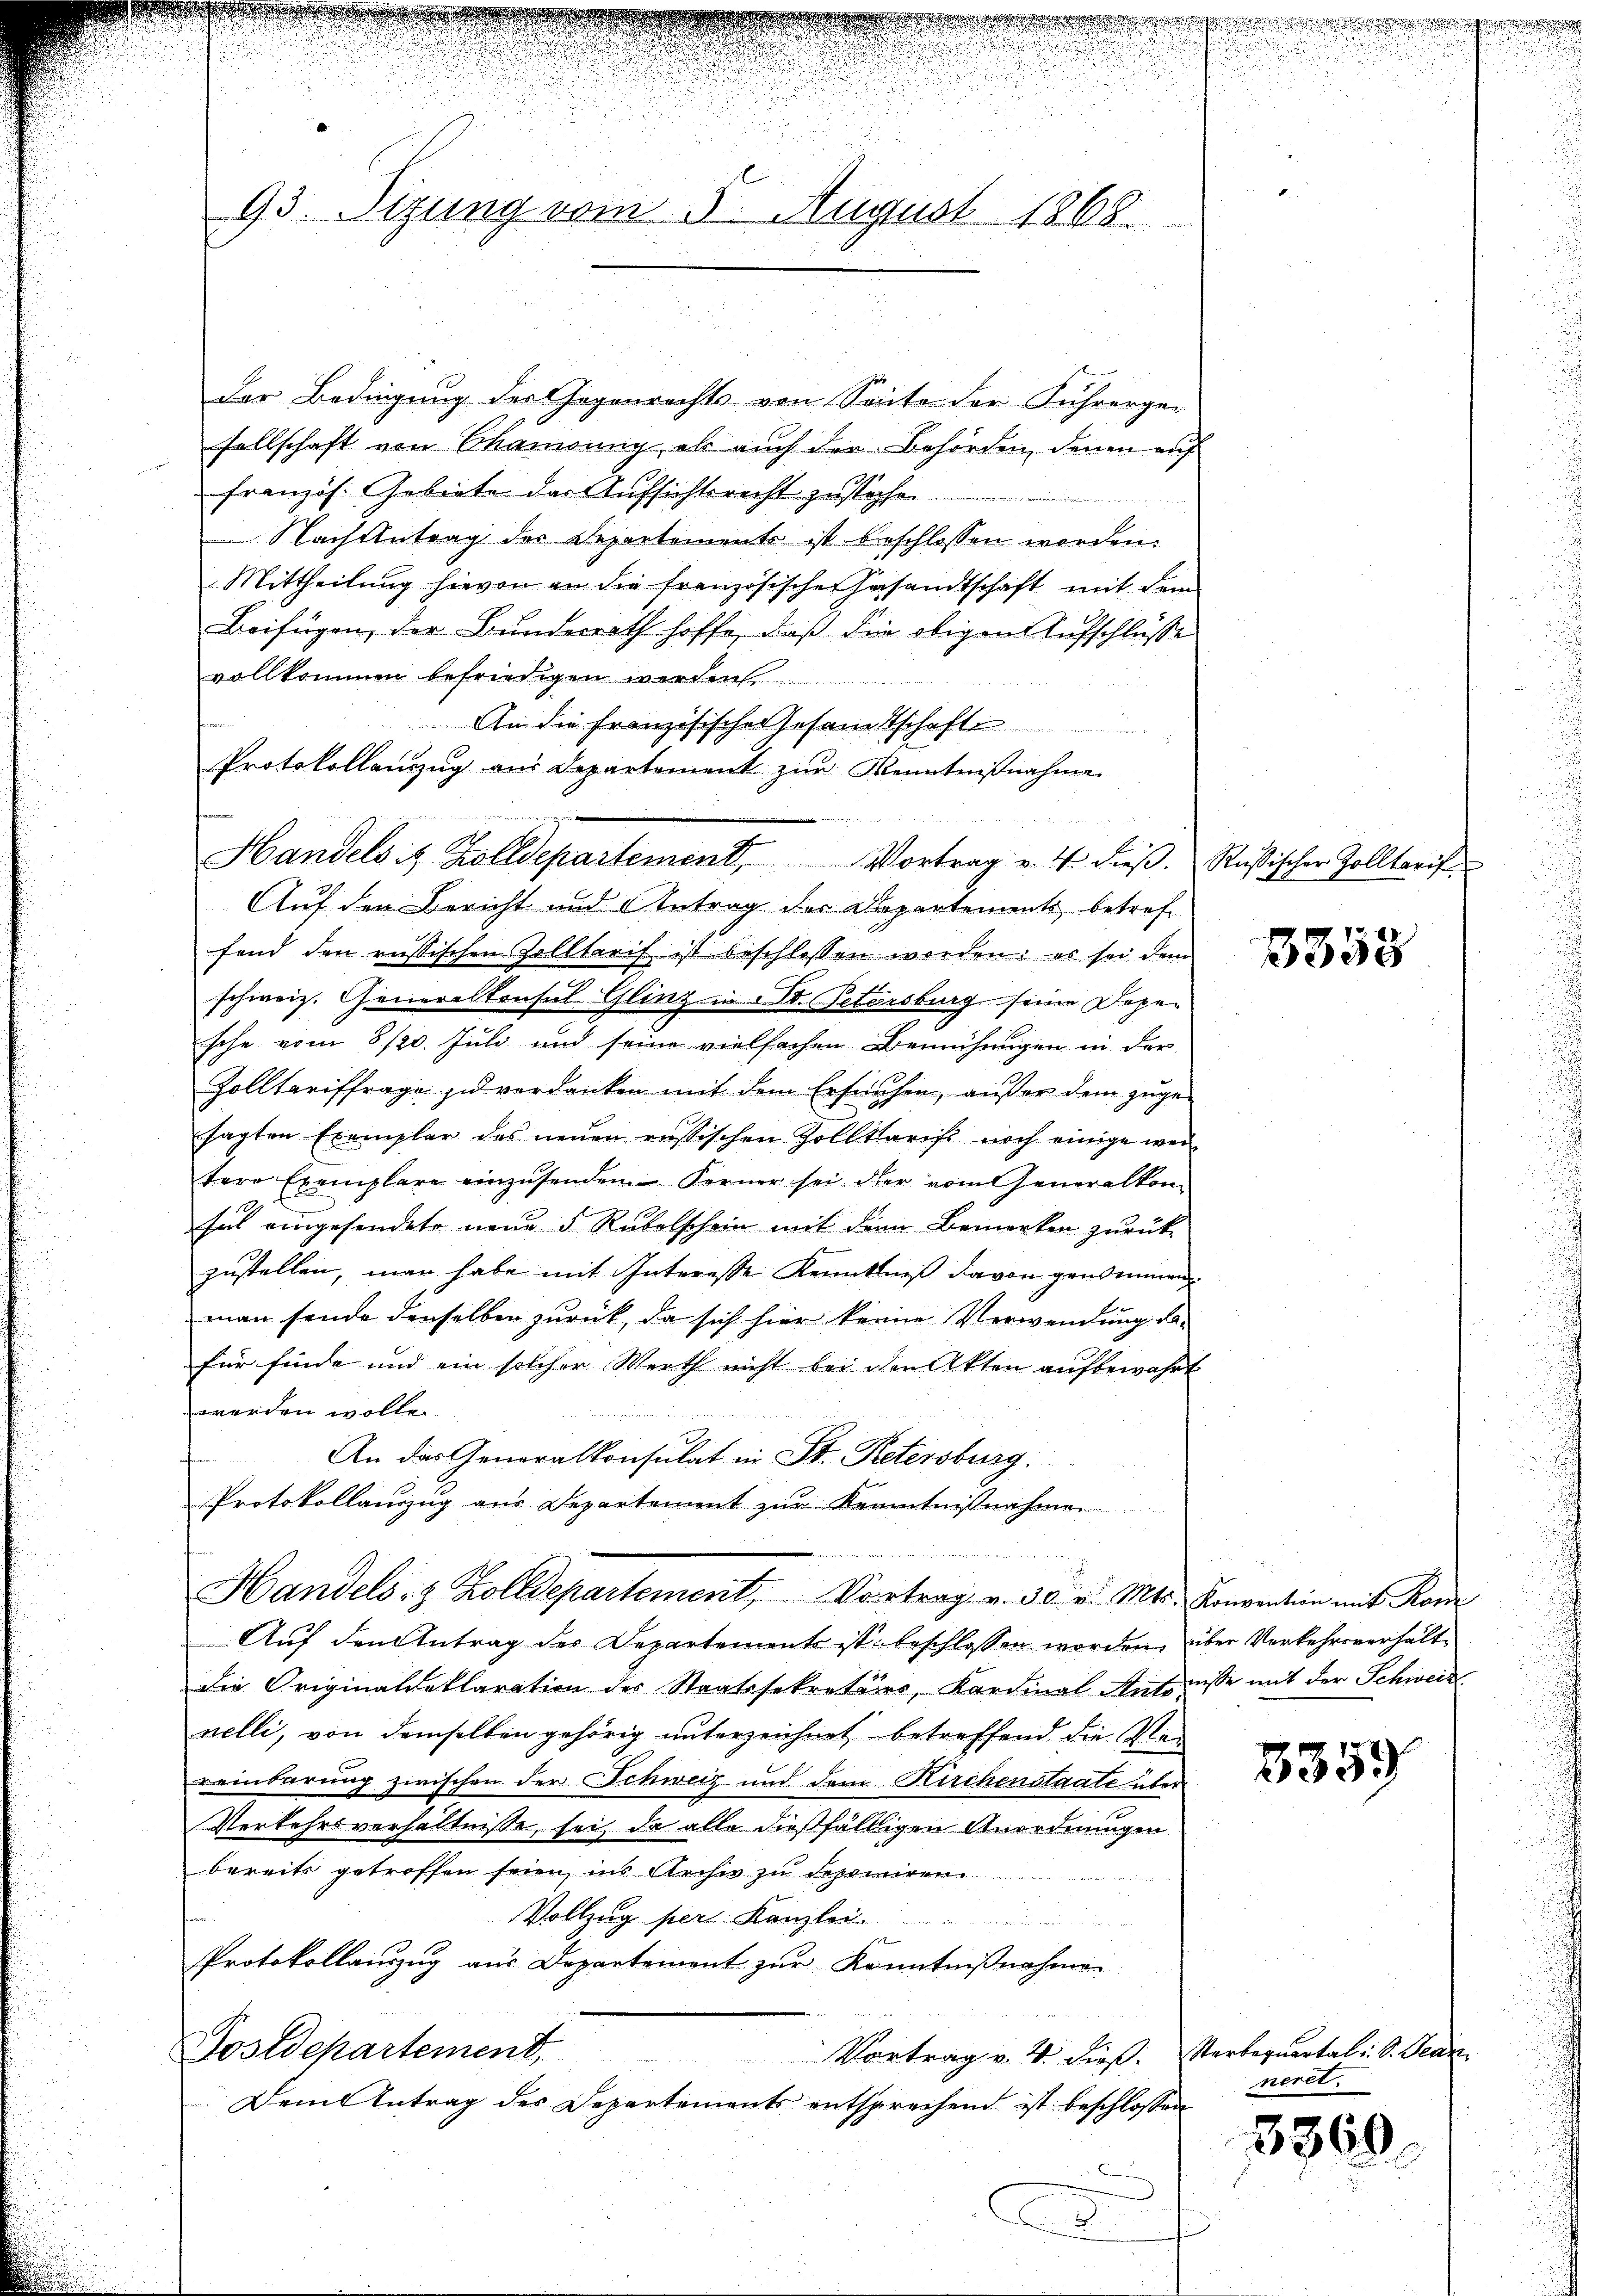
93. Sitzung vom 5. August 1868.

der Bedingung des Gegenrechts von Seite der Führergesellschaft von Chausung, als auch der Behörden, denen auf
französ. Gebiete der Aufsichtsrecht zustachen
Nachtetrag der Departements ist beschlossen worden.
Mittheilŭng hievon an die französische Gesandtschaft mit dem
Beifügen, der Bundesrath hoffe, daß die obigen Aufschlüsse
vollkommen befriedigen werden
An die Französischer Gesamtschafte
Protokollanzug aus Departement zur Kenntnißnahme
Auf den Bericht und Antrag der Departements betreffend den russischen Zolltarif ist beschlossen worden; es sei dem
schweiz. Generalkonsul Glinz in St. Petersburg seine Depesche vom 8/20. Juli und seine vielfachen Bemühungen in der
Zolltariffrage zu verdanken mit dem Ersuchen, außer dem zuge-
sagten Exemplar des neŭen russischen Zollkarist noch einige wei-
tere Exemplare einzŭsenden Ferner sei der vom Generalkom
sich eingesendete neue 5 Rubelschein mit dem Bemerken zurück-
zustellen, man habe mit Interesse Kenntniß davon genommen
man sende denselben zurück, da sich hier keine Verwendung dafür finde und ein solcher Werth nicht bei den Akten aufbewahrt
werden wolle.
An das Generalkonsulat in St. Petersburg.
Protokollauszug aus Departement zur Kenntnißnahme
Handels- & Zolldepartement, Vortrag v. 30. v. Mts. Konventin mit Kan
Auf den Antrag des Departements ist beschlossen worden, über Verkehrsverhält
Die Originaldeklaration des Staatssekretärs, Kardinal-Antrasse mit der Schweize
nelli, von demselben gehörig unterzeichnet betreffend die Man
reinbarung zwischen der Schweiz und dem Kirchenstaate über
Verkehrsverhältnisse, sei, da alle dießfälligen Anordnungen
bereits getroffen seien, ins Archiv zu deponiren
Vollzug per Kanzlei.
Protokollauszug aus Departemont zur Kenntnißnahme
Sostdepartement,
Vortrag v. 4. dieß. Verbequartali S. Secr
Dem Antrag des Departements entsprechend ist beschlossen
C
2

Handels is Zolldepartement, Vortrag v. 4. dieβ. Rußischer Zolltarif

wegen

5358

3359

neret.

5360.

.
.